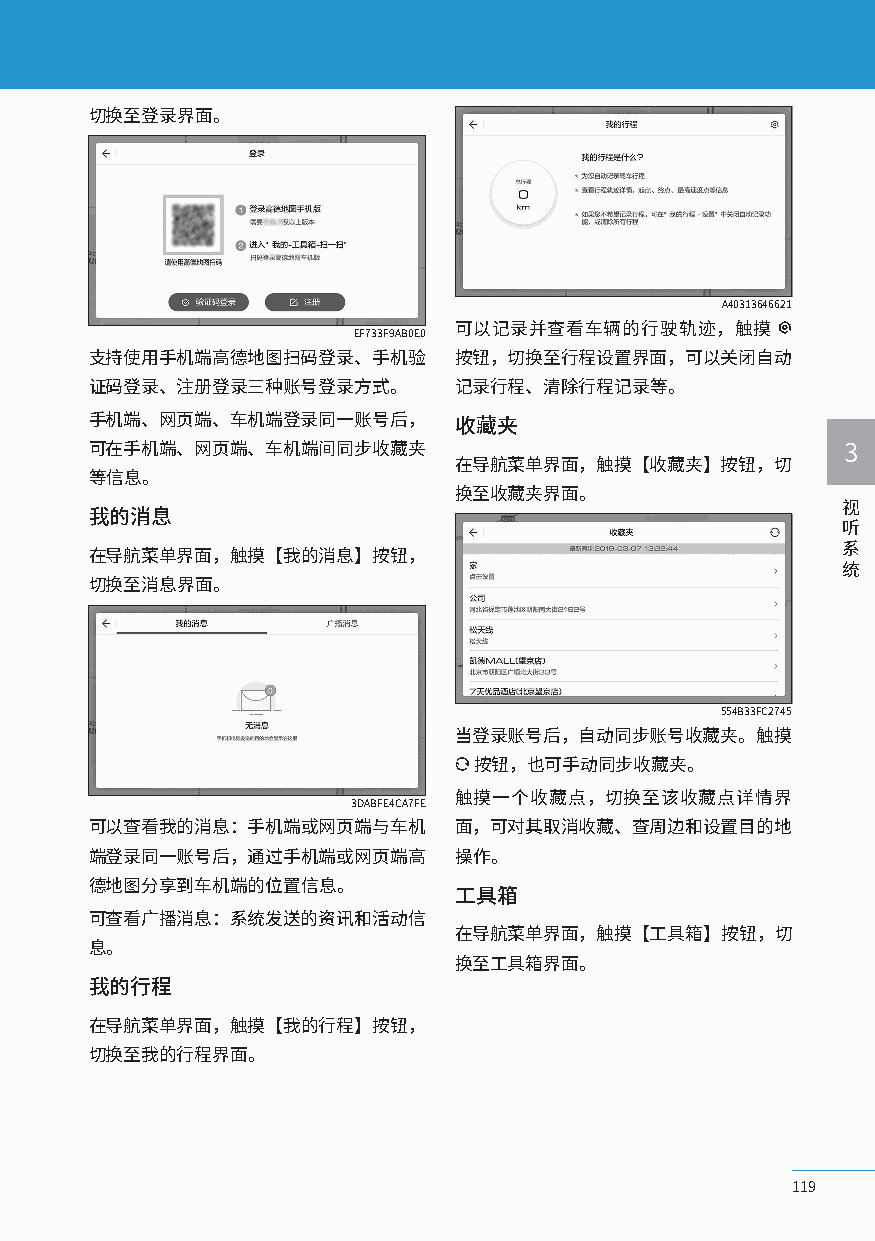
切换至登录界面。
 A40313646621
 可以记录并查看车辆的行驶轨迹，触摸
 EF733F9AB0E0
 支持使用手机端高德地图扫码登录、手机验     按钮，切换至行程设置界面，可以关闭自动
 证码登录、注册登录三种账号登录方式。      记录行程、清除行程记录等。
 手机端、网页端、车机端登录同一账号后，     收藏夹
 可在手机端、网页端、车机端间同步收藏夹                               3
 在导航菜单界面，触摸【收藏夹】按钮，切
 等信息。
 换至收藏夹界面。
 视
 我的消息
 听
 系
 在导航菜单界面，触摸【我的消息】按钮，
 统
 切换至消息界面。
 554B33FC2745
 当登录账号后，自动同步账号收藏夹。触摸
 按钮，也可手动同步收藏夹。
 触摸一个收藏点，切换至该收藏点详情界
 3DABFE4CA7FE
 可以查看我的消息：手机端或网页端与车机     面，可对其取消收藏、查周边和设置目的地
 端登录同一账号后，通过手机端或网页端高     操作。
 德地图分享到车机端的位置信息。
 工具箱
 可查看广播消息：系统发送的资讯和活动信
 在导航菜单界面，触摸【工具箱】按钮，切
 息。
 换至工具箱界面。
 我的行程
 在导航菜单界面，触摸【我的行程】按钮，
 切换至我的行程界面。
 119